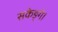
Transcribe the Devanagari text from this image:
सकेङ्गे।